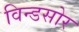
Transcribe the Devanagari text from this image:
विन्डसोर